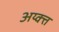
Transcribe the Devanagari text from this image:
अय्क्त्त